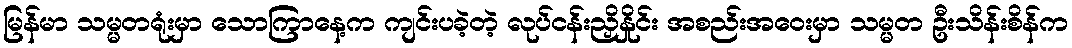
မြန်မာ သမ္မတရုံးမှာ သောကြာနေ့က ကျင်းပခဲ့တဲ့ လုပ်ငန်းညှိနှိုင်း အစည်းအဝေးမှာ သမ္မတ ဦးသိန်းစိန်က